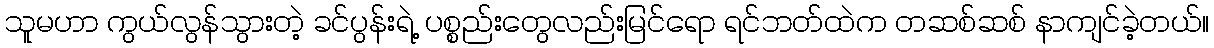
သူမဟာ ကွယ်လွန်သွားတဲ့ ခင်ပွန်းရဲ့ ပစ္စည်းတွေလည်းမြင်ရော ရင်ဘတ်ထဲက တဆစ်ဆစ် နာကျင်ခဲ့တယ်။